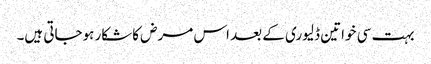
بہت سی خواتین ڈلیوری کے بعد اس مرض کاشکار ہوجاتی ہیں۔